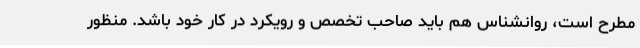
مطرح است، روانشناس هم باید صاحب تخصص و رویکرد در کار خود باشد. منظور